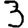
Digit: 3